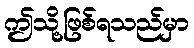
ဤသို့ဖြစ်ရသည်မှာ